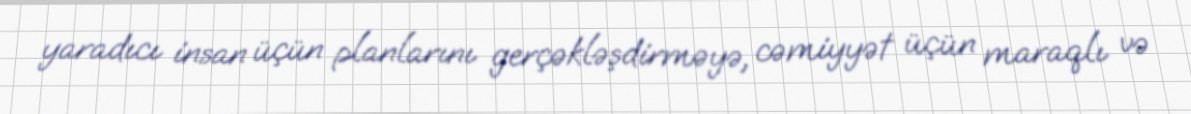
yaradıcı insan üçün planlarını gerçəkləşdirməyə, cəmiyyət üçün maraqlı və